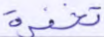
تخفوه